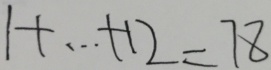
1 + \cdots + 1 2 = 7 8